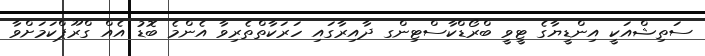
ސަތިޝްއަކީ އިންޑީޔާގެ ޓީވީ ބްރޯޑްކާސްޓިންގ ދާއިރާގައި ހަރަކާތްތެރިވާ އެންމެ ބޮޑު އެއް ގްރޫޕްކަމަށްވާ